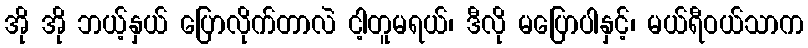
အို အို ဘယ့်နှယ် ပြောလိုက်တာလဲ ငါ့တူမရယ်၊ ဒီလို မပြောပါနှင့်၊ မယ်ရီဝယ်သာက